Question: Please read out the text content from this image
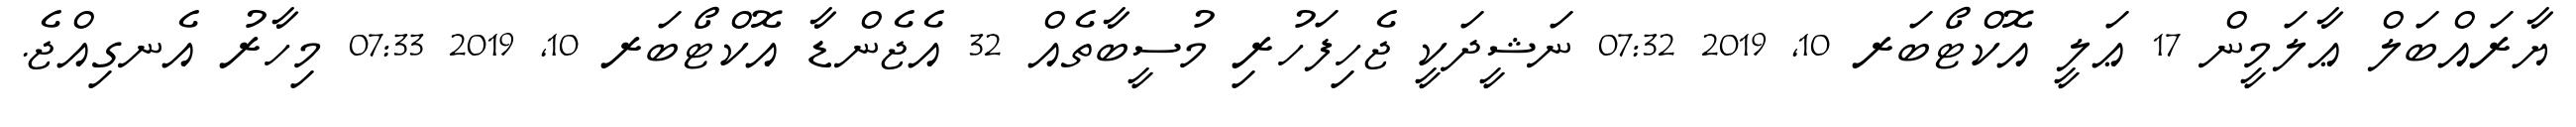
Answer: ޔާރައްބަލް ޢާލަމީން 17 ޢަލީ އޮކްޓޯބަރ 10, 2019 07:32 ނަޝީދަކީ ޖެހިފަހުރި މުސީބާތެއް 32 އެޖެންޑާ އޮކްޓޯބަރ 10, 2019 07:33 މިހާރު އެނގިއްޖެ.